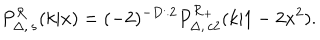
LaTeX: P _ { \Delta , \, s } ^ { \cal R } ( k | x ) = ( - 2 ) ^ { - D / 2 } P _ { \Delta , \, c 2 } ^ { \cal R _ { + } } ( k | 1 - 2 x ^ { 2 } ) .